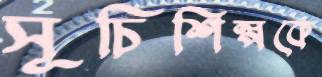
সূচিশিল্পকে